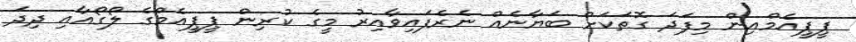
ޕީޕީއެމްއިން މިފަދަ ގޮތަކަށް ބަޔާނެއް ނެރެފައިވާއިރު މީގެ ކުރިން ޕީޕީއެމްގެ ލޯގޯއާއި ދިދަ